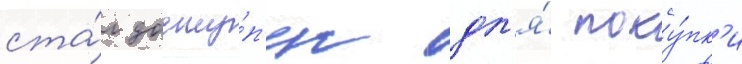
ста́л досту́п'ен дл'я́ поку́пк'и